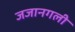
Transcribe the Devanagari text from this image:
जजानगली